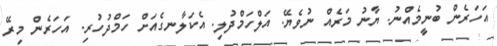
އަހަރެން ބުނީމެއްނު. ޔާނު މަރެއް ނުވެޔޭ. އަލްހަމްދުލި. އެކަލާނގެއަށް ހަމްދުހުރި. އަހަރެން މިރޭ